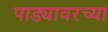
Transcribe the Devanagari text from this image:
पाड्यावरच्या